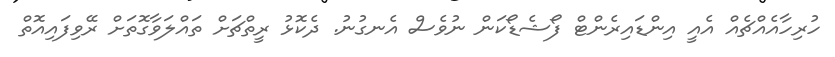
ހުރިހާއެއްޗެއް އެއީ އިންޑައިރެންޓް ފޯޝެޑޯކަން ނުވެސް އެނގުނު. ދެކޮޅު ރީތްޗަށް ތައްލަވާގޮތަށް ރޭވިފައިއޮތް